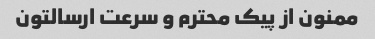
ممنون از پیک محترم و سرعت ارسالتون